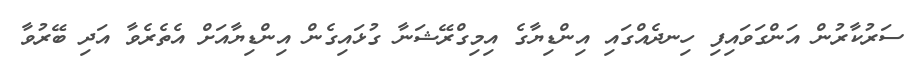
ސަރުކާރުން އަންގަވައިފި ހިނދެއްގައި އިންޑިޔާގެ އިމިގްރޭޝަނާ ގުޅައިގެން އިންޑިޔާއަށް އެތެރެވާ އަދި ބޭރުވާ